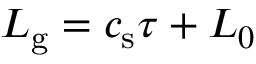
L _ { \mathrm { g } } = c _ { \mathrm { s } } \tau + L _ { 0 }